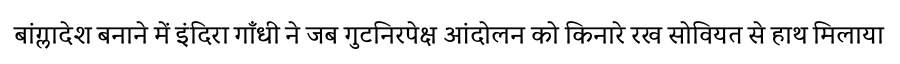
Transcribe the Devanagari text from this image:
बांग्लादेश बनाने में इंदिरा गाँधी ने जब गुटनिरपेक्ष आंदोलन को किनारे रख सोवियत से हाथ मिलाया